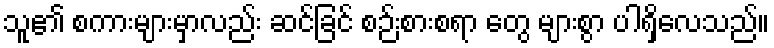
သူ၏ စကားများမှာလည်း ဆင်ခြင် စဉ်းစားစရာ တွေ များစွာ ပါရှိလေသည်။